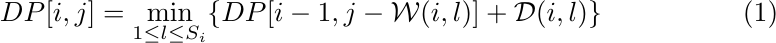
\begin{equation}
DP[i,j] = \min_{1\leq{l}\leq{S_{i}}} \{DP[i-1, j-\mathcal{W}(i, l)] + \mathcal{D}(i, l)\}
\end{equation}